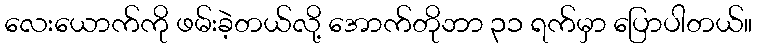
လေးယောက်ကို ဖမ်းခဲ့တယ်လို့ အောက်တိုဘာ ၃၁ ရက်မှာ ပြောပါတယ်။